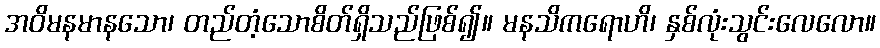
အဝိမနမာနသော၊ တည်တံ့သောစိတ်ရှိသည်ဖြစ်၍။ မနသိကရောဟိ၊ နှစ်လုံးသွင်းလေလော။